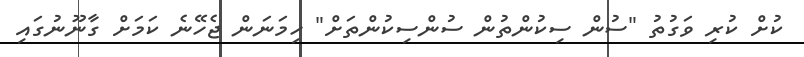
ކުށް ކުރި ވަގުތު "ސުން ސިކުންތުން ސުންސިކުންތަށް" ހިމަނަން ޖެހޭނެ ކަމަށް ގާނޫނުގައި